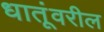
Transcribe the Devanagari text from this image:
धातूंवरील